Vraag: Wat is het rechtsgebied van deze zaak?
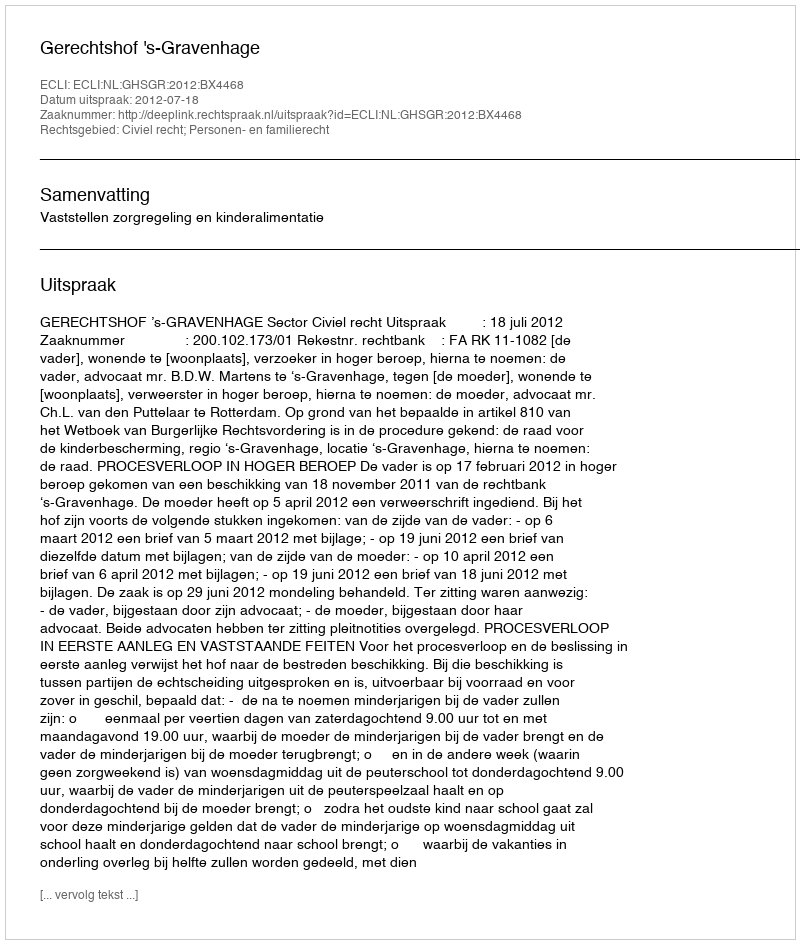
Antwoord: Civiel recht; Personen- en familierecht